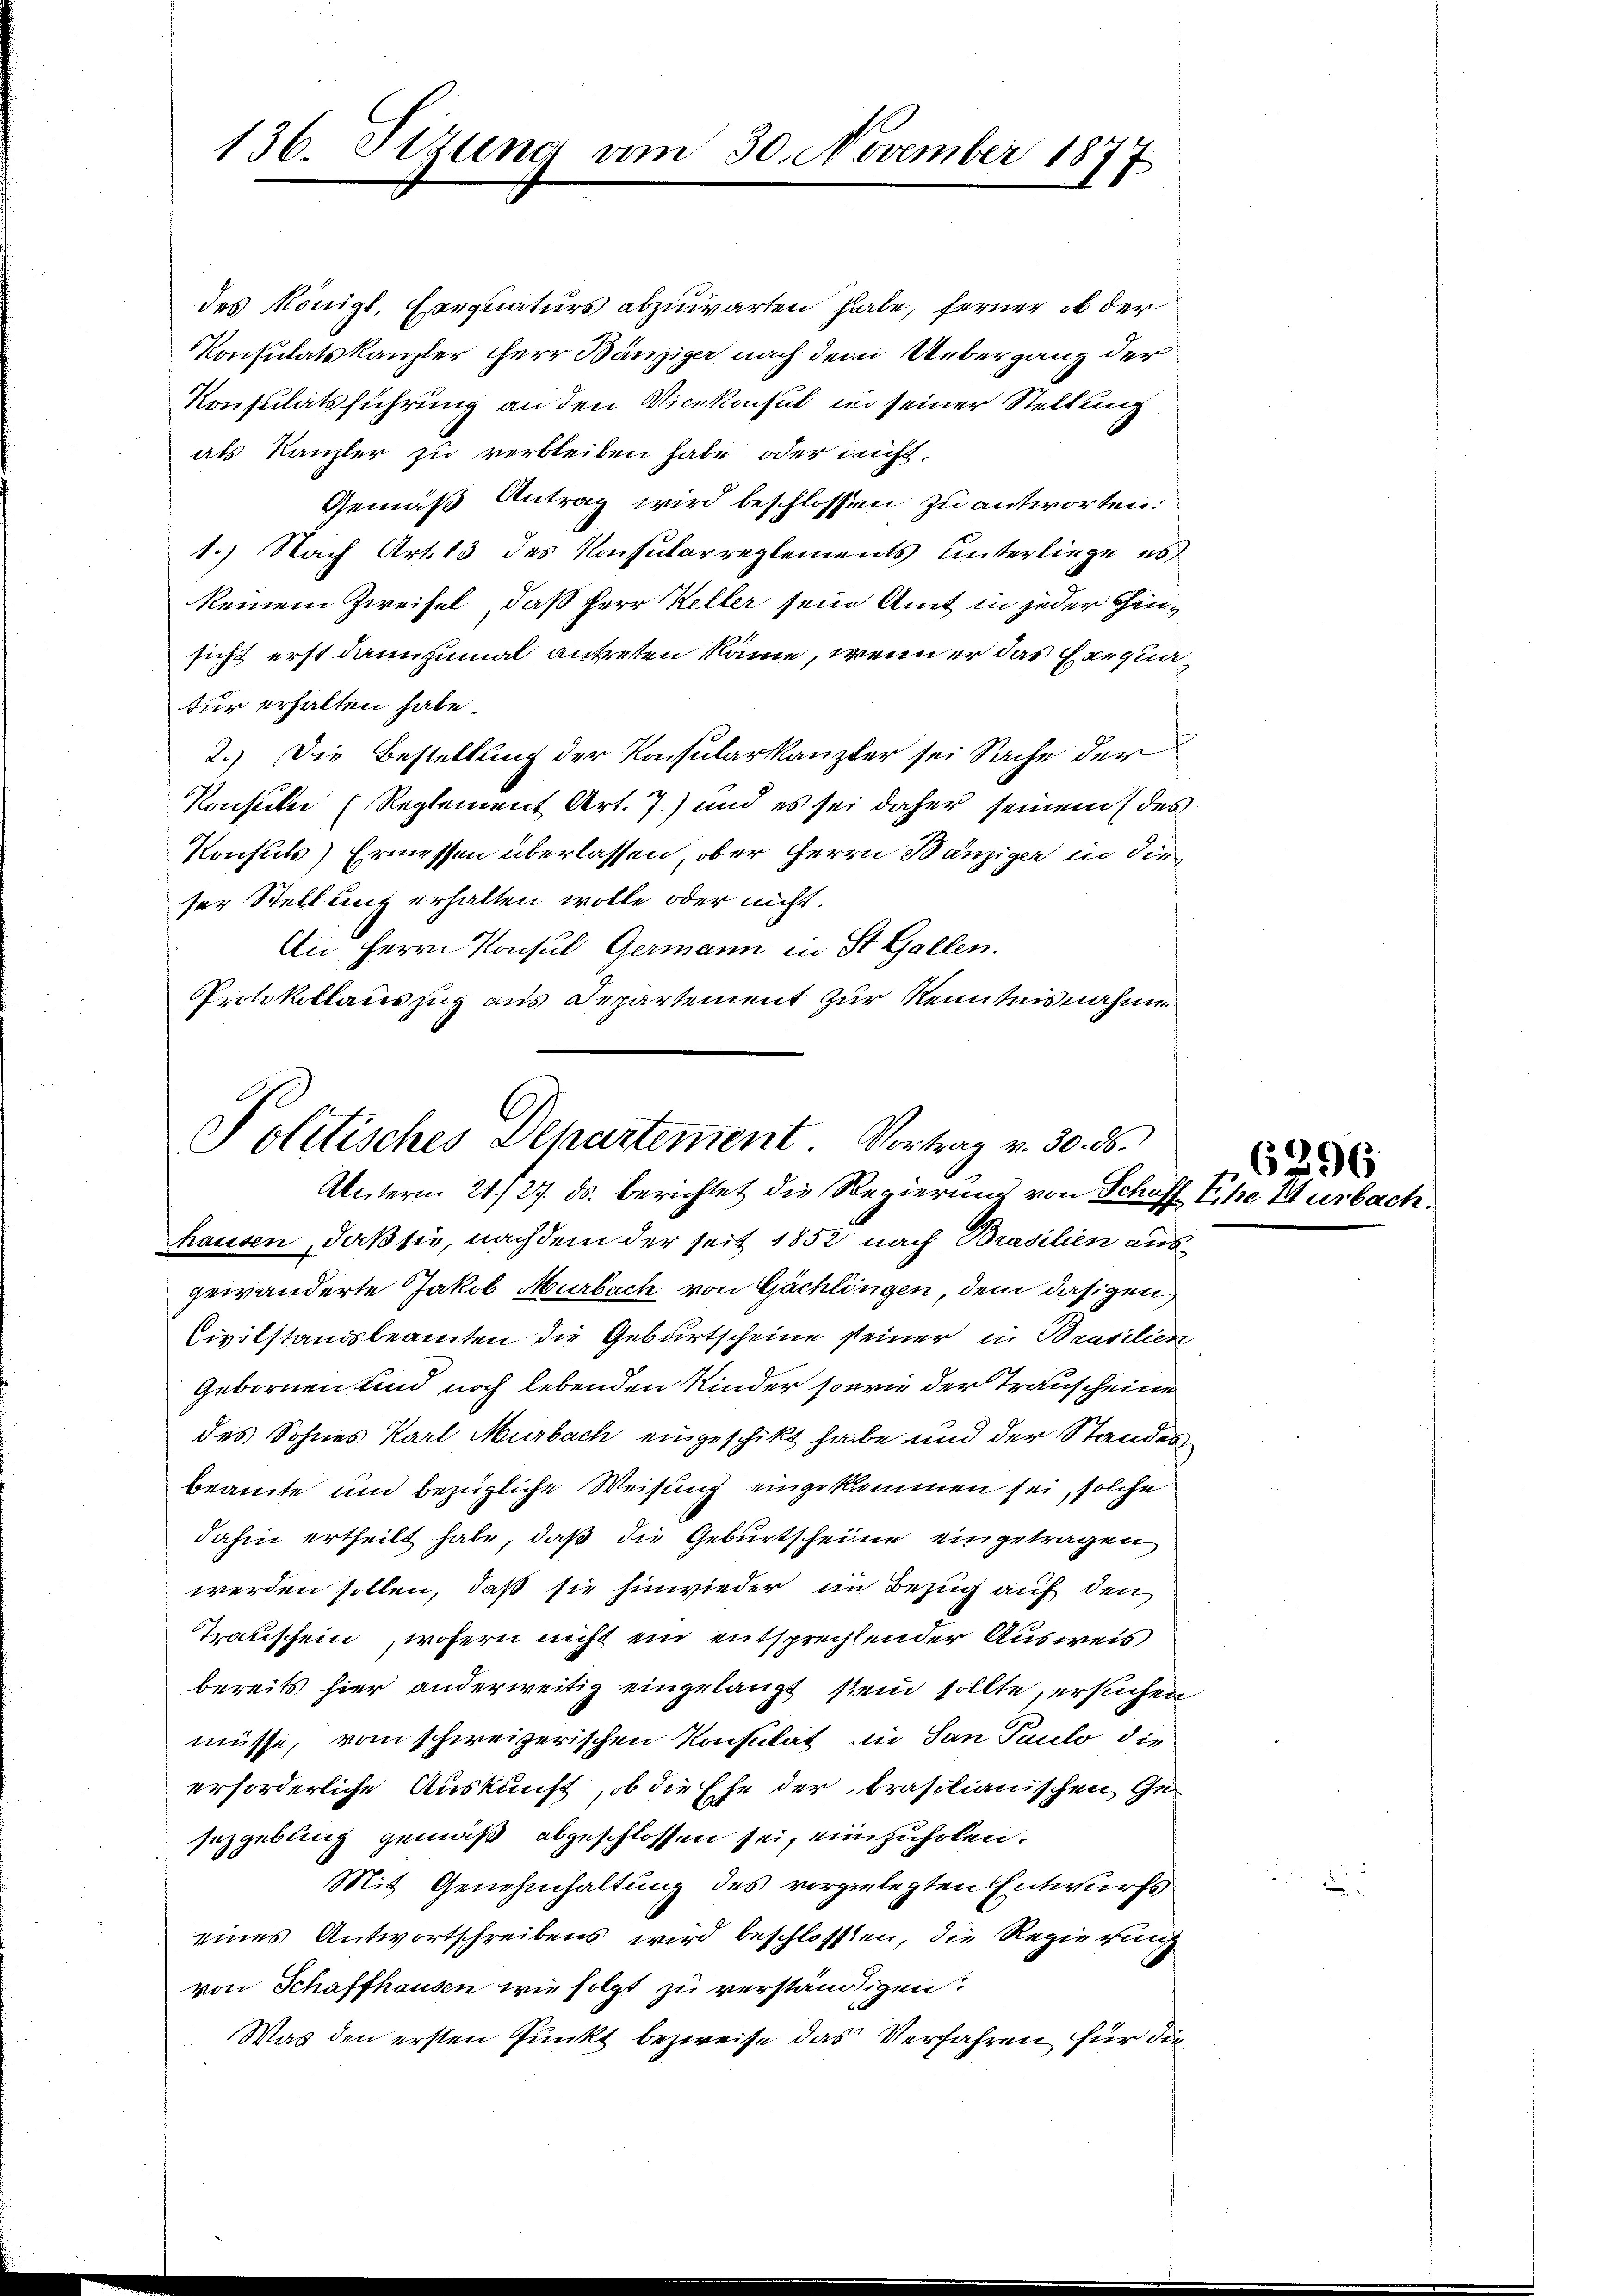
136. Sizung am 30. November 1877

des Königl. Exequaturs abzuwarten habe, ferner ob der
Konsulatskanzler Herr Bänziger nach dem Uebergang der
Konsulatsführung an den Vicekonsul in seiner Stellung
als Kanzler zu verbleiben habe oder nicht.
Gemäß Antrag wird beschlossen zu antworten.
1.) Nach Art. 13 des Konsularreglements unterliege es
keinem Zweifel, daß Herr Keller sein Amt in jeder Hinsicht erst dannzumal antreten käme, wenn er das Exequafur erhalten habe.
2.) Die Bestellung der Konsularkanzler sei Sache der
Konsuler (Reglement Art. 7) und es sei daher seinem des
Konsuls) Ermessen überlassen, ober Herrn Bänziger in die
ser Stellung erhalten wolle oder nicht.
An Herrn Konsul Germann in St. Gallen.
Protokollauszug aus Departement zur Kenntnisnahme

Politisches Departement. Vortrag v. 30. ds.
Unterm 21./27. ds. berichtet die Regierung von Schöf

hausen, daß sie, nachdem der seit 1852 nach Brasilien ausgewänderte Jakob Murbach von Gächlingen, dem dasigen
Civilstandsbeamten die Geburtscheine seiner in Brasilien
Gebornen und noch lebenden Kinder sowie der Transcheine
des Sohnes Karl Murbach eingeschikt habe und der Standes-
beamte und bezügliche Weisung eingekommen sei, solche
dahin ertheilt habe, daß die Geburtscheine eingetragen
werden sollen, daß sie hinwieder im Bezug auf den
Trauschein, wofern nicht ein entsprechtender Ausweis
bereits hier anderweitig eingelangt sein sollte, ersuchen
müsse, vom schweizerischen Konsulat in San Paulo die
erforderliche Auskunft, ob die Ehe der brastianischen Gesezgebling gemäß abgeschlossen sei, einzuholen.
Mit Genehmhaltung des vorgelegten Entwurfs
eines Antwortschreibens wird beschlossen, die Regierung
von Schaffhausen wie folgt zu verständigen.
Was den ersten Punkt bezweife das Verfahren für die

6296
The Herbe